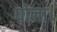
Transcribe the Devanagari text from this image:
घोला।